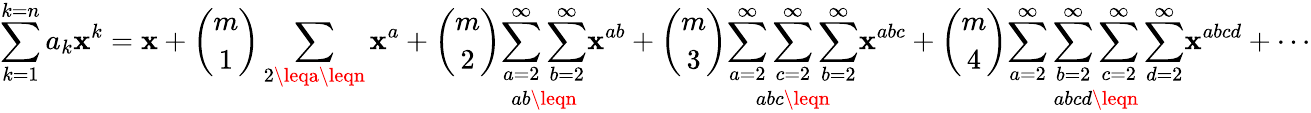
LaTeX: \sum_{k=1}^{k=n}a_{k}\mathbf{x}^{k}=\mathbf{x}+{\binom{m}{1}}\sum_{2\leqa\leqn}\mathbf{x}^{a}+{\binom{m}{2}}{\underset{ab\leqn}{\sum_{a=2}^{\infty}\sum_{b=2}^{\infty}}}\mathbf{x}^{ab}+{\binom{m}{3}}{\underset{abc\leqn}{\sum_{a=2}^{\infty}\sum_{c=2}^{\infty}\sum_{b=2}^{\infty}}}\mathbf{x}^{abc}+{\binom{m}{4}}{\underset{abcd\leqn}{\sum_{a=2}^{\infty}\sum_{b=2}^{\infty}\sum_{c=2}^{\infty}\sum_{d=2}^{\infty}}}\mathbf{x}^{abcd}+\cdots